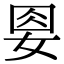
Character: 𡜰